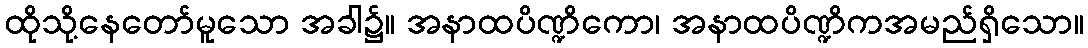
ထိုသို့နေတော်မူသော အခါ၌။ အနာထပိဏ္ဍိကော၊ အနာထပိဏ္ဍိကအမည်ရှိသော။